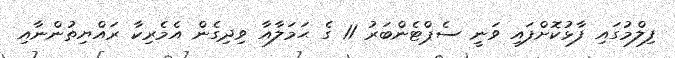
ފިލްމުގައި ފާޅުކޮށްފައި ވަނީ ސެޕްޓެންބަރު 11 ގެ ޙަމަލާއާ ވިދިގެން އެމެރިކާ ރައްޔިތުންނާއި